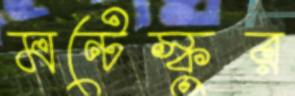
মন্টেস্কুর